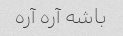
باشه آره آره